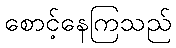
စောင့်နေကြသည်